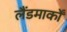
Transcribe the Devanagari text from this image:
लैंडमार्कों